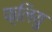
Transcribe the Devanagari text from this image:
फ़्लियु